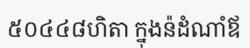
៥០៤៤៨ហិតា ក្នុងន៉ដំណាំឪ